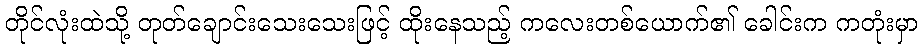
တိုင်လုံးထဲသို့ တုတ်ချောင်းသေးသေးဖြင့် ထိုးနေသည့် ကလေးတစ်ယောက်၏ ခေါင်းက ကတုံးမှာ